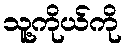
သူ့ကိုယ်ကို